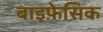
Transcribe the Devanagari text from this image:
बाइफ़ेसिक